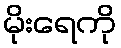
မိုးရေကို